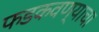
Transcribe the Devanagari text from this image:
फडकवण्याचा